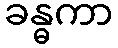
ခန္ဓကာ